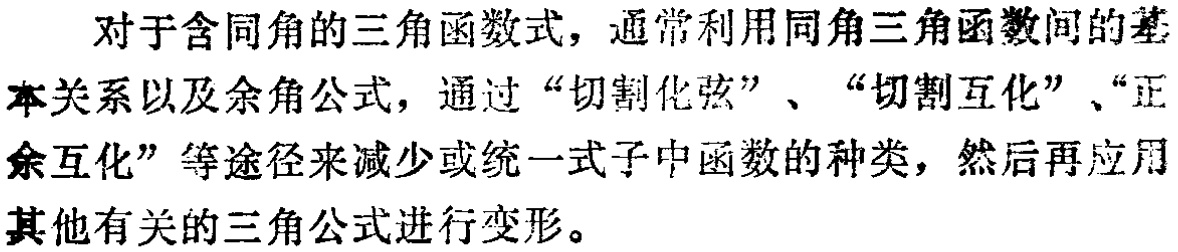
对于含同角的三角函数式，通常利用同角三角函数间的基本关系以及余角公式，通过“切割化弦”、“切割互化”、“正余互化”等途径来减少或统一式子中函数的种类，然后再应用其他有关的三角公式进行变形。